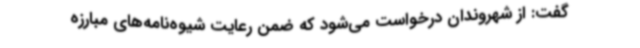
گفت: از شهروندان درخواست می‌شود که ضمن رعایت شیوه‌نامه‌های مبارزه